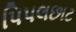
પિપલછાટ